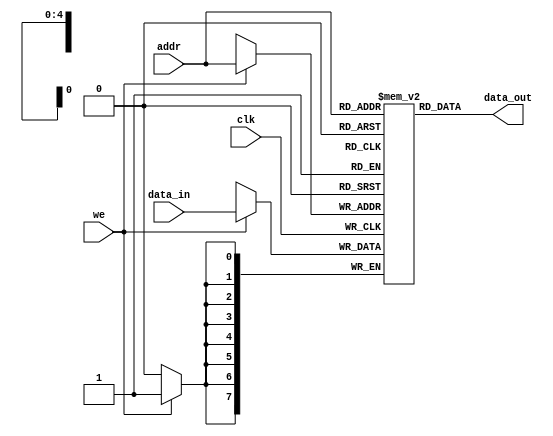
module parameterized_ram #(
    parameter DATA_WIDTH = 8,    // Number of bits in each memory word
    parameter ADDR_WIDTH = 5      // Number of address lines (2^ADDR_WIDTH depth)
) (
    input wire clk,               // Clock signal
    input wire we,                // Write enable
    input wire [ADDR_WIDTH-1:0] addr, // Address input
    input wire [DATA_WIDTH-1:0] data_in, // Input data for writing
    output reg [DATA_WIDTH-1:0] data_out // Output data for reading
);

    // Memory declaration
    reg [DATA_WIDTH-1:0] ram_memory [0:(1 << ADDR_WIDTH) - 1]; // Declare RAM memory array

    // Memory initialization (optional)
    initial begin
        // You can add any initialization logic here, for example:
        // integer i;
        // for (i = 0; i < (1 << ADDR_WIDTH); i = i + 1) begin
        //     ram_memory[i] = {DATA_WIDTH{1'b0}}; // Initialize all to zero
        // end
    end

    // Asynchronous read
    always @* begin
        data_out = ram_memory[addr]; // Read data at the address (combinational read)
    end

    // Synchronous write on clock edge
    always @(posedge clk) begin
        if (we) begin
            ram_memory[addr] <= data_in; // Write data at the address
        end
    end

endmodule